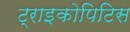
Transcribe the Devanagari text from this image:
ट्राइकोपिटिस